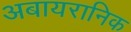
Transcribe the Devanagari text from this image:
अबायरानिक